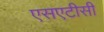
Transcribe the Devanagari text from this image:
एसएटीसी